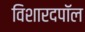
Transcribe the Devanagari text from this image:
विशारदपॉल